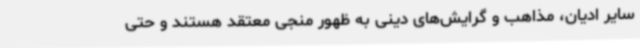
سایر ادیان، مذاهب و گرایش‌های دینی به ظهور منجی معتقد هستند و حتی